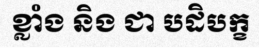
ខ្លាំង និង ជា បដិបក្ខ